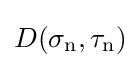
D(\sigma _{\mathrm {n} },\tau _{\mathrm {n} })